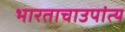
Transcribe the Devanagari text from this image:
भारताचाउपांत्य